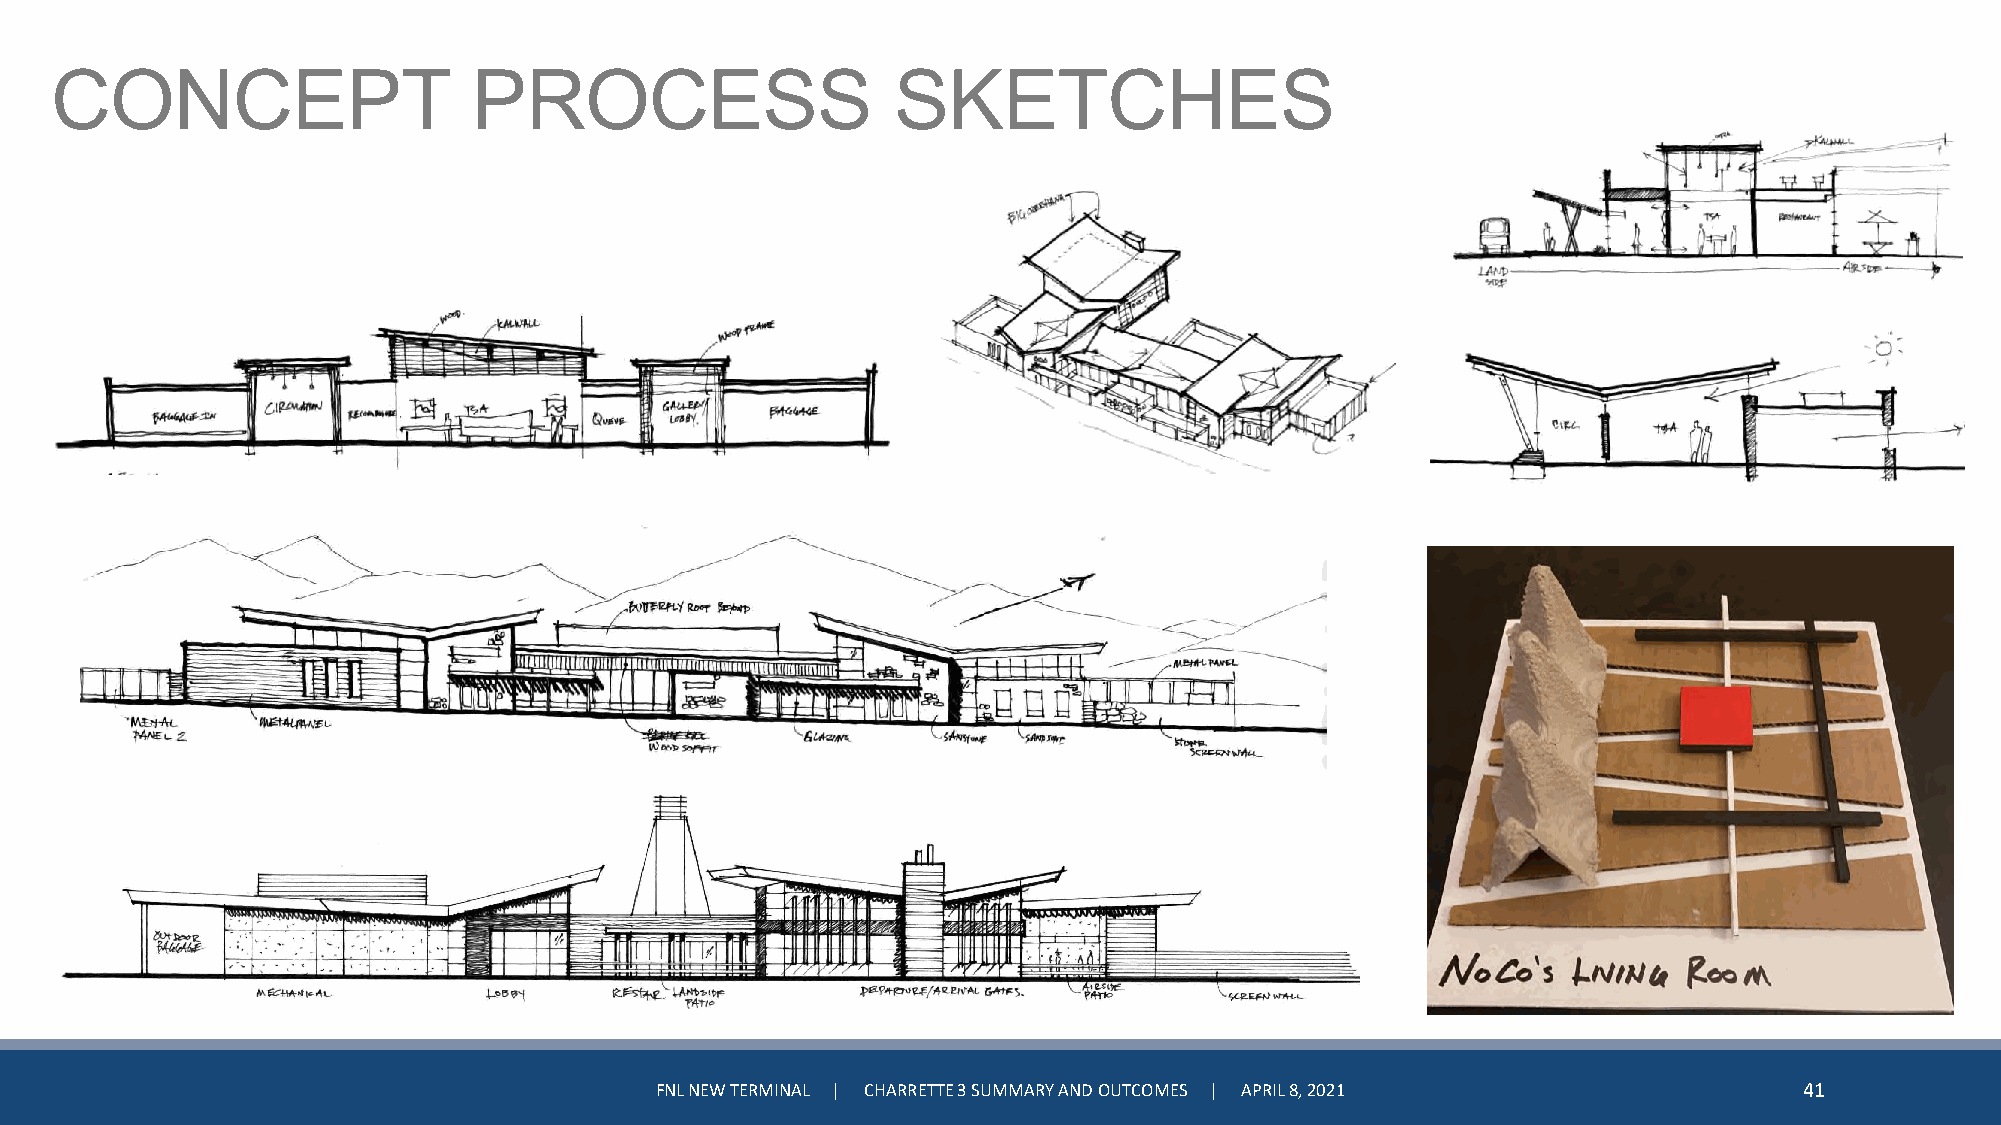
CONCEPT                     PROCESS                     SKETCHES
 FNL NEW TERMINAL | CHARRETTE 3 SUMMARY AND OUTCOMES | APRIL 8, 2021         41